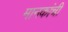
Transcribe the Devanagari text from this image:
मानकांची